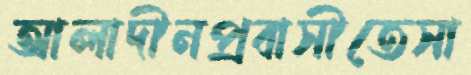
আলাদীনপ্রবাসীতেসা